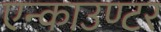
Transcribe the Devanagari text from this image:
एन्काउण्टर